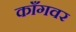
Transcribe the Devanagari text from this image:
काँगवर